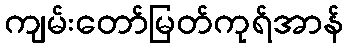
ကျမ်းတော်မြတ်ကုရ်အာန်